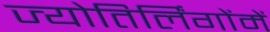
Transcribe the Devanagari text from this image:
ज्योतिर्लिंगोंमें